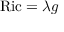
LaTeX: \operatorname { R i c } = \lambda g